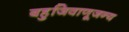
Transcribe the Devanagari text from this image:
बहुजिवाणूजन्य